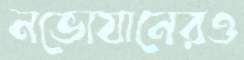
নভোযানেরও